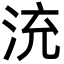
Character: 㳘